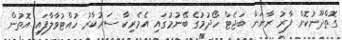
ގޮތްދޫނުކޮށް ފާރު ރާނަން ބަޖެޓް ހޯދުމުގެ ބޭނުމުގައި އެމެރިކާ ސަރުކާރު ހުއްޓުވާލާފައި އޮތުން